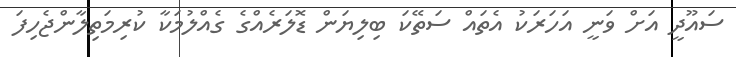
ސައޫދީ އަށް ވަނީ އަހަރަކު އެތައް ސަތޭކަ ބިލިޔަން ޑޮލަރެއްގެ ގެއްލުމަކާ ކުރިމަތިލާންޖެހިފަ